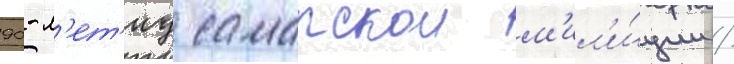
90-л'ет'иу самарскои м'ил'и́ции /